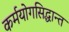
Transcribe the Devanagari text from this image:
कर्मयोगसिद्धान्त